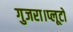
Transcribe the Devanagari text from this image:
गुजरा।प्लूटो